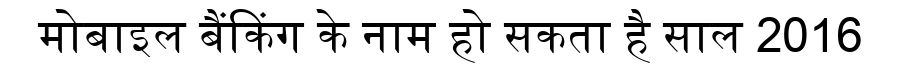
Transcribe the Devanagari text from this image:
मोबाइल बैंकिंग के नाम हो सकता है साल 2016